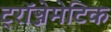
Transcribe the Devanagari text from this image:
ट्रॉञ्जेमेटिक